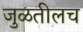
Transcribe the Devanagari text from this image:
जुळतीलच